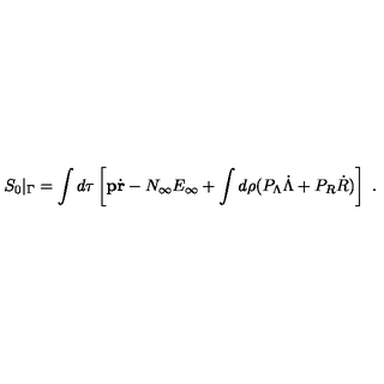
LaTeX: S _ { 0 } \vert _ { \Gamma } = \int d \tau \left[ { \mathbf p } \dot { \mathbf r } - N _ { \infty } E _ { \infty } + \int d \rho ( P _ { \Lambda } \dot { \Lambda } + P _ { R } \dot { R } ) \right] \ .